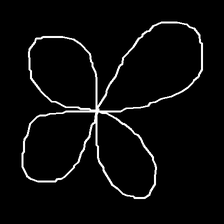
Glyph: billowing